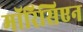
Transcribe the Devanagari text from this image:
मॉरिसिएन